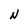
Character: N